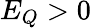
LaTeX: E_{Q}>0